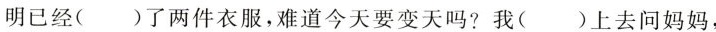
明已经( )了两件衣服，难道今天要变天吗?我( )上去问妈妈，